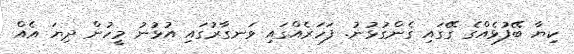
ކިޔާ ބޭފުޅެއްގެ ގޭގައި ގެންގުޅުނު. ފަހަރެއްގައި ވަނގާރުގައި އުޅުނު މީހުން ދިޔަ އެއް